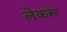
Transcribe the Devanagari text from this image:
लेकरूं